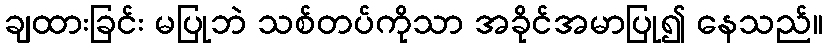
ချထားခြင်း မပြုဘဲ သစ်တပ်ကိုသာ အခိုင်အမာပြု၍ နေသည်။